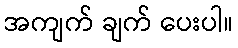
အကျက် ချက် ပေးပါ။